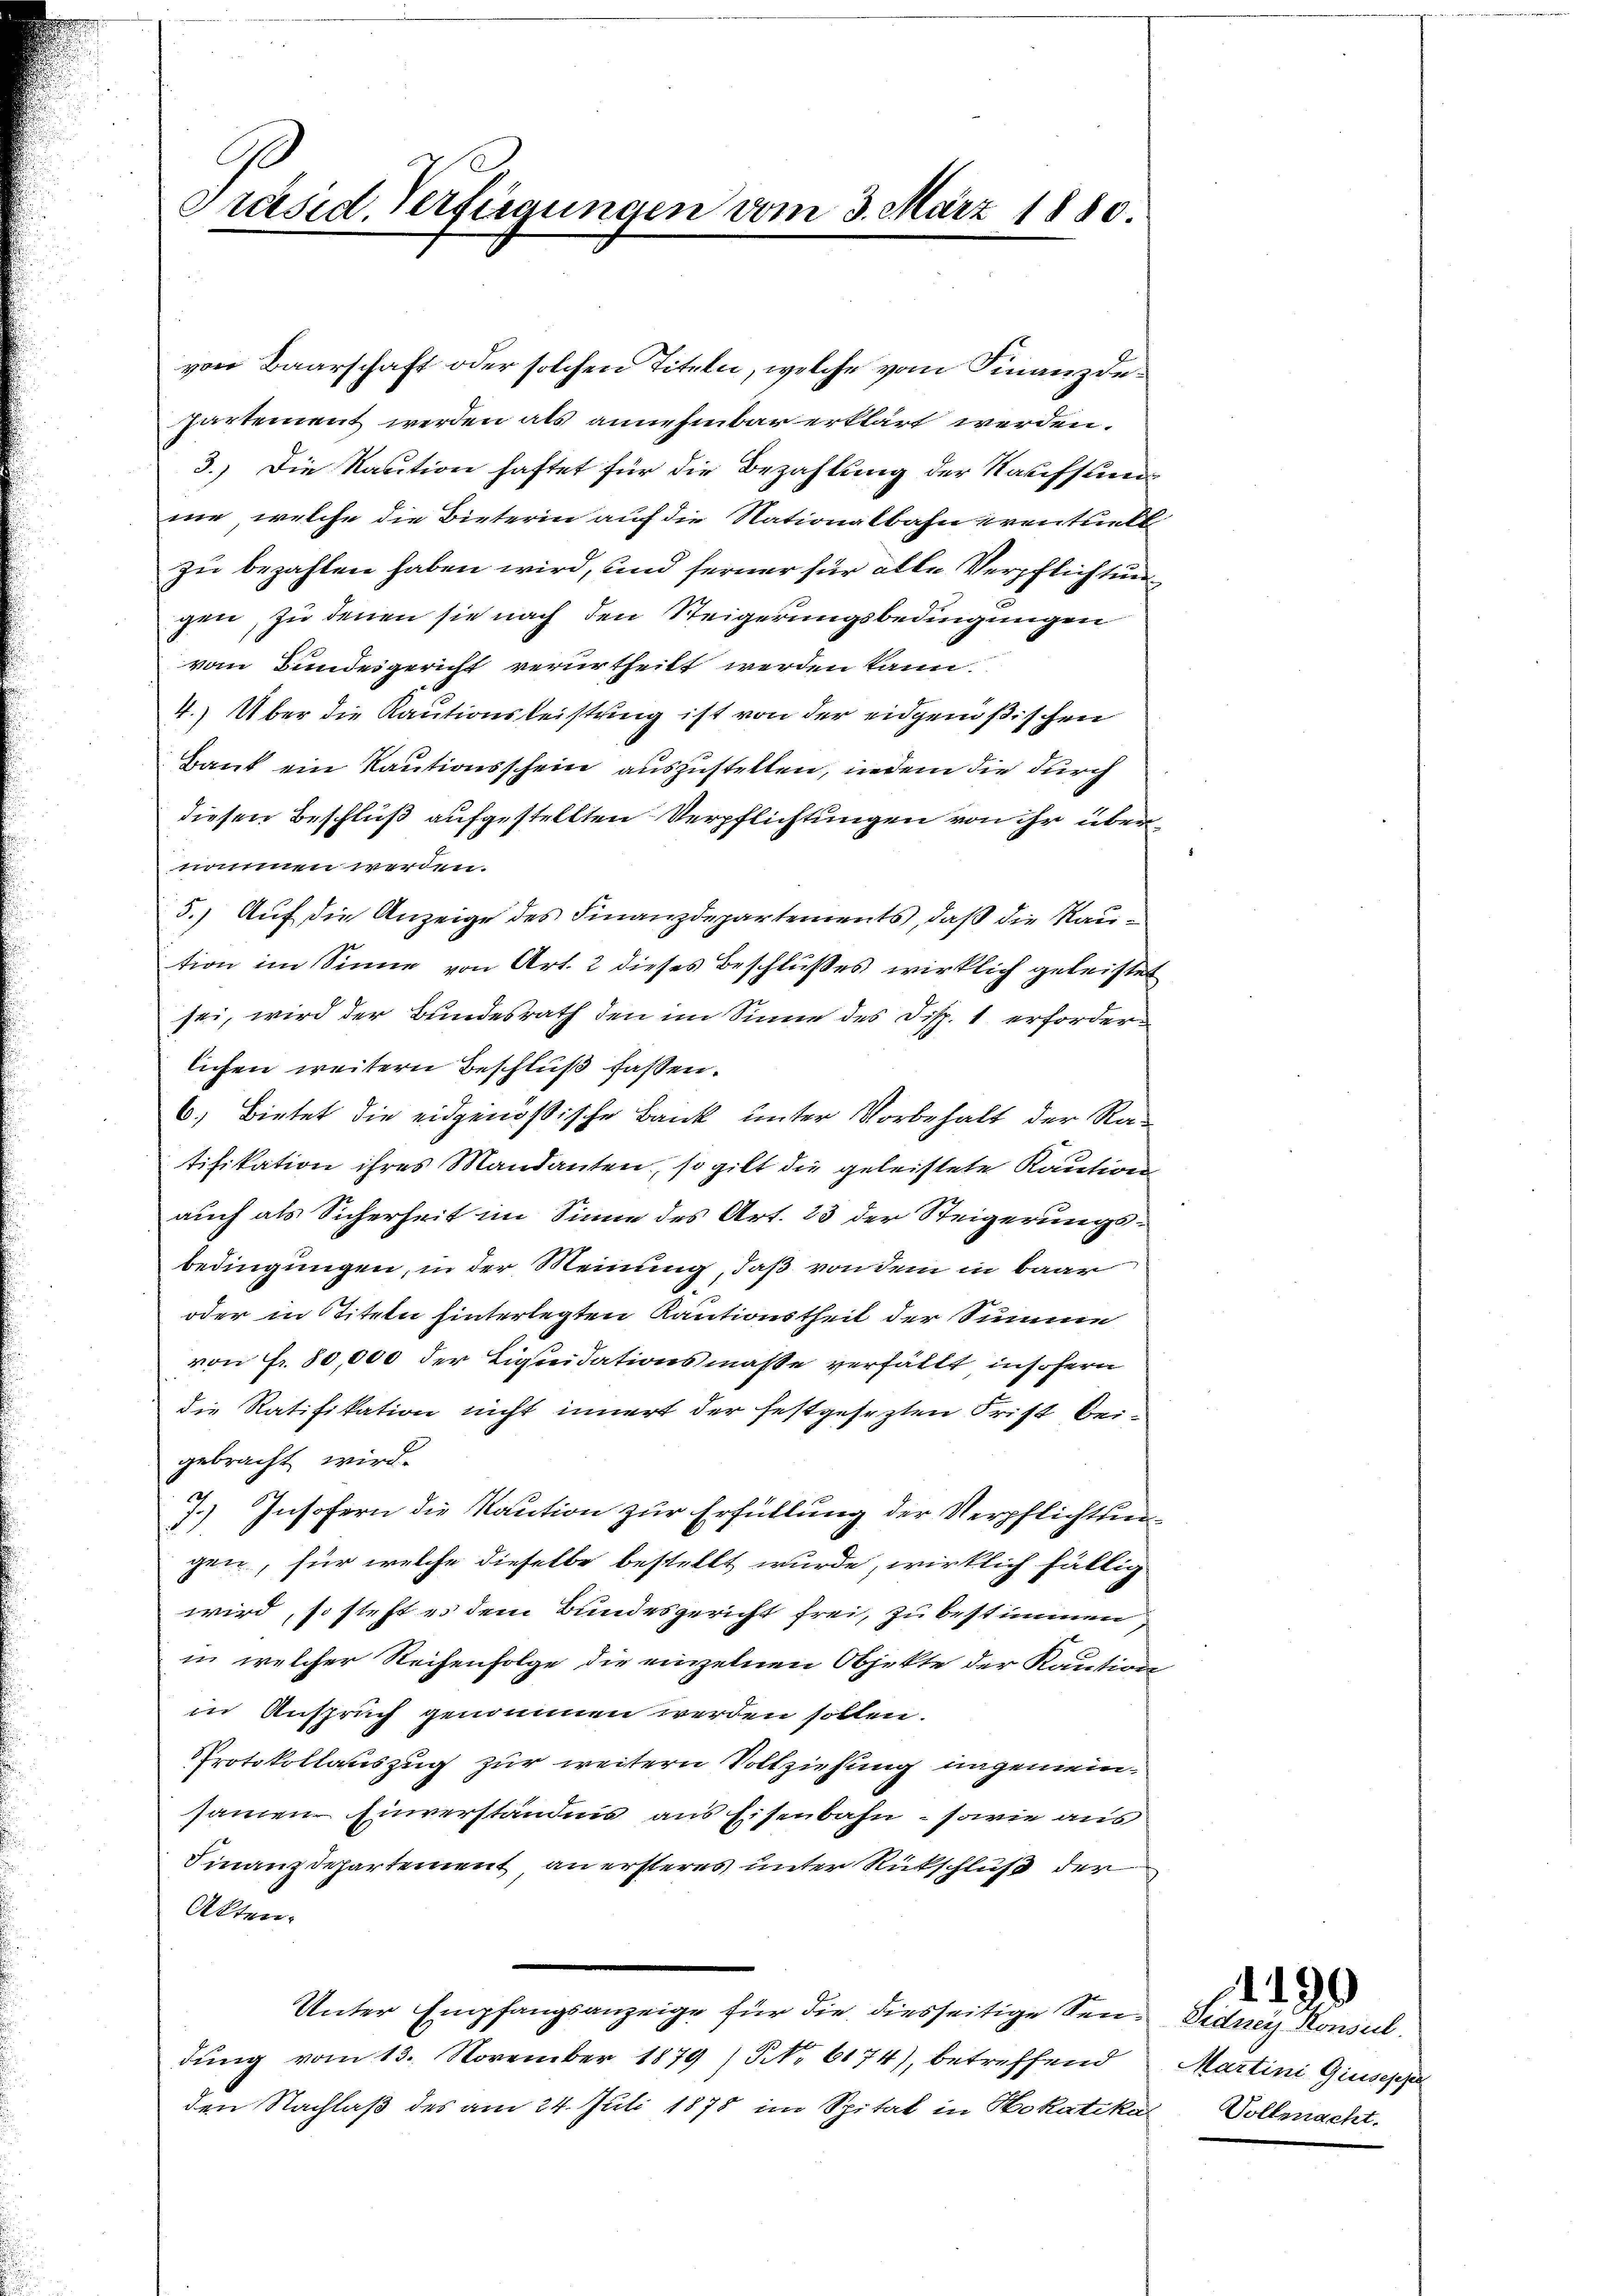
Präsid. Verfügungen vom 3. März 1880

von Baarschaft oder solchen Titeln, welche vom Finanzdepartement werden als annehmbar erklärt werden.
3.) Die Kaution haftet für die Bezahlung der Kaufsundnie, welche die Bieterin auf die Nationalbahn prenthielt
zu bezahlen haben wird, und ferner für alle Verpflichtungen, zu denen sie nach den Steigerungsbedingungen
vom Bundesgericht verurtheilt werden kann.
4.) Über die Kautionsleistung ist von der eidgenößischen
Bank ein Kautionsschein auszustellen, indem die durch
diesen Beschluß aufgestellten Verpflichtungen von ihr übernomen werden.
5.) Auf die Anzeige des Finanzdepartements, daß die Raution im Sinne von Art. 2 dieses Beschlußes wirklich geleistet
sei, wird der Bundesrath den im Sinne des Disp. 1 erforderlichen weitern Beschluß fassen.
6.) Bietet die eidgenößische Bank unter Vorbehalt der Ratifikation ihres Mandanten, so gilt die geleistete Kaution
auch als Sicherheit im Sinne des Art. 23 der Steigerungsbedingungen, in der Meinung, daß von dem in baar
oder in Titeln hinterlegten Kautionstheil der Summe
von Fr. 80,000 der Liquidationsmasse verfällt, insofern
die Ratifikation nicht innert der festgesezten Frist beigebracht wird.
J.) Insofern die Kaution zur Erfüllung der Verpflichtungen, für welche dieselbe bestellt wurde, wirklich fällig
wird, so steht es dem Bundesgericht frei, zu bestimmen,
in welcher Reihenfolge die einzelnen Objekte der Kaution
in Anspruch genommen werden sollen.
Protokollauszug zur weitern Vollziehung ungemeinsamen Einverständnis aus Eisenbahn, sowie aus
Finanzdepartement an ersteres unter Rückschluß der
Akten.
Unter Empfangsanzeige für die diesseitige Sendung vom 13. November 1879 / NNo. 6174), betreffend
den Nachlaß des am 24. Juli 1878 im Spital in Mokatika

Didney Konseil.
Martini Giuseppe
Vollmacht.

190